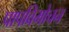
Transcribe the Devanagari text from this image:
पापविमोचन